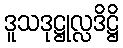
ဒူသဒုဋ္ဌုလ္လဒိဋ္ဌိ